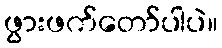
ဖွားဖက်တော်ပါပဲ။